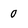
Character: 0